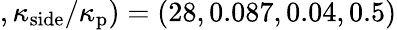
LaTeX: ,\kappa_{\mathrm{side}}/\kappa_{\mathrm{p}})=(28,0.087,0.04,0.5)